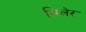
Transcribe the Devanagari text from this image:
मिलेर